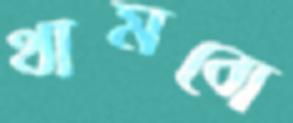
থামবো